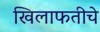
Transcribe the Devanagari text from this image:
खिलाफतीचे